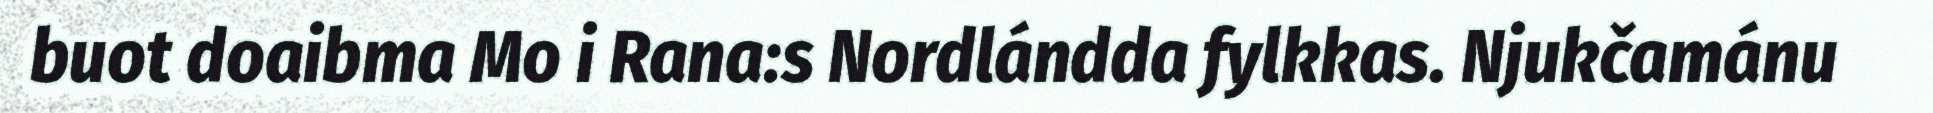
buot doaibma Mo i Rana:s Nordlándda fylkkas. Njukčamánu